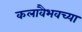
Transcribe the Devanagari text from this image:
कलावैभवच्या